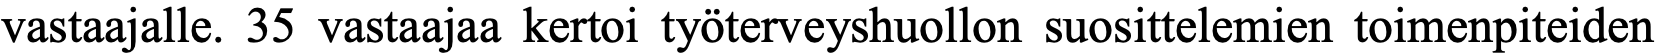
vastaajalle. 35 vastaajaa kertoi työterveyshuollon suosittelemien toimenpiteiden